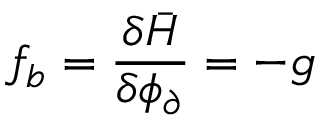
f _ { b } = \frac { \delta \bar { H } } { \delta \phi _ { \partial } } = - g